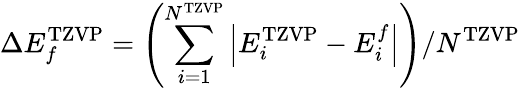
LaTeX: \Delta E_{f}^{\mathrm{TZVP}}=\left(\sum_{i=1}^{N^{\mathrm{TZVP}}}\left\lvert E_{i}^{\mathrm{TZVP}}-E_{i}^{f}\right\rvert\right)/N^{\mathrm{TZVP}}